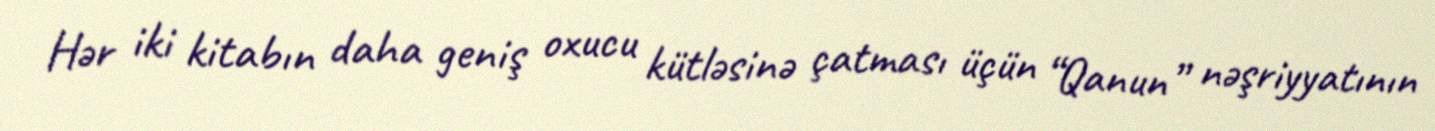
Hər iki kitabın daha geniş oxucu kütləsinə çatması üçün “Qanun” nəşriyyatının